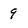
Character: 9